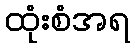
ထုံးစံအရ